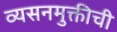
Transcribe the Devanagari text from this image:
व्यसनमुक्तीची